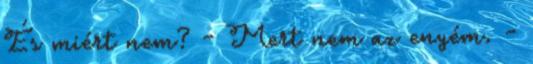
És miért nem? - Mert nem az enyém. -